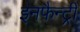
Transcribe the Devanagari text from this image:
इनफैन्ट्री